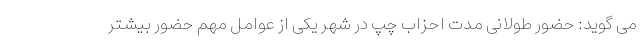
می گوید: حضور طولانی مدت احزاب چپ در شهر یکی از عوامل مهم حضور بیشتر